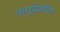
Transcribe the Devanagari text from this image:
ऋतूदेखील